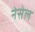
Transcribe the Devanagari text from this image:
नेसेल